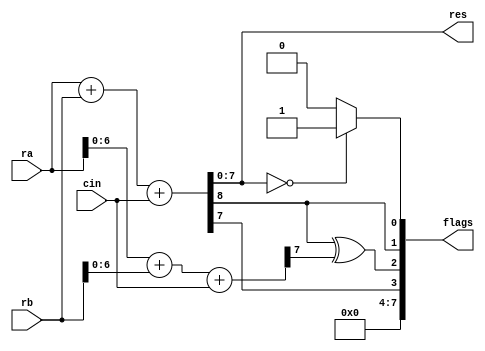
`timescale 1ns / 1ps
//////////////////////////////////////////////////////////////////////////////////
// Company: 
// Engineer: 
// 
// Design Name: 
// Module Name:    FullAdder 
// Project Name: 
// Target Devices: 
// Tool versions: 
// Description: 
//
// Dependencies: 
//
// Revision: 
// Revision 0.01 - File Created
// Additional Comments: 
//
//////////////////////////////////////////////////////////////////////////////////
module FullAdder(
	res, flags, 
	ra, rb, cin
    );

	output wire [7:0] flags;
	output wire [7:0] res;
	input [7:0] ra, rb;
	input cin;

	wire [6:0] res_p;	// the second to last result
	wire cout, cout_p;	// the last and the second to last carries	
	wire flag_OF;	// overflow
	wire flag_CF;	// carry
	wire flag_NF;	// negative
	wire flag_ZF;	// zero	

	assign {cout_p, res_p}	= ra[6:0] + rb[6:0] + cin;
	assign {cout, res} = ra + rb + cin;

	assign flag_OF = cout ^ cout_p;
	assign flag_CF = cout;	// only valid during addition
	assign flag_NF = res[7:7];
	assign flag_ZF = (res == 0) ? 1'b1 : 1'b0;
	
	assign flags = {4'b0, flag_NF, flag_OF, flag_CF, flag_ZF};

endmodule